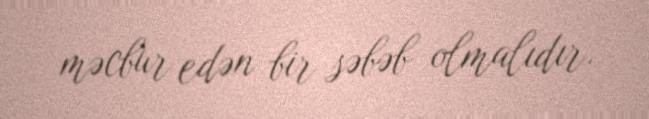
məcbur edən bir səbəb olmalıdır.